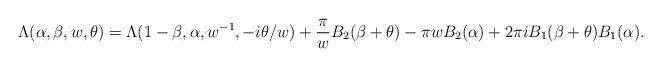
LaTeX: \begin{align*}~~~~~~~\Lambda (\alpha,\beta,w,\theta) = \Lambda(1-\beta,\alpha,w^{-1},-i\theta/w) +\frac{\pi}{w}B_2(\beta + \theta) -\pi w B_2(\alpha)+ 2 \pi i B_1(\beta+ \theta) B_1(\alpha) .\end{align*}